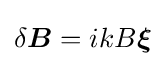
\delta {\boldsymbol {B}}=ikB{\boldsymbol {\xi }}